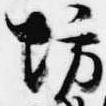
坊